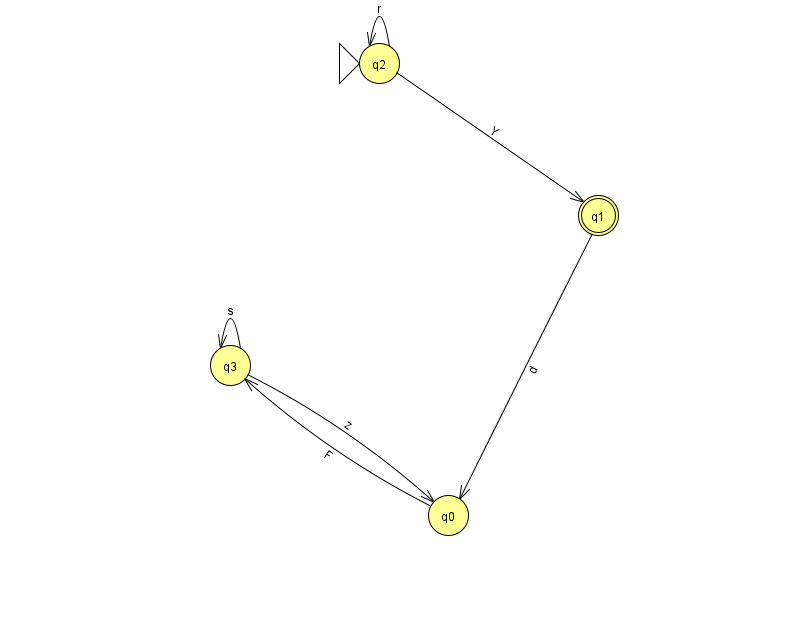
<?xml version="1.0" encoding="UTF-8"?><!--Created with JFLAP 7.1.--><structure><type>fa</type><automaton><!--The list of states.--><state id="0" name="q0"><x>448.0</x><y>502.0</y></state><state id="1" name="q1"><x>598.0</x><y>202.0</y><final/></state><state id="2" name="q2"><x>379.0</x><y>50.0</y><initial/></state><state id="3" name="q3"><x>230.0</x><y>352.0</y></state><!--The list of transitions.--><transition><from>2</from><to>2</to><read>r</read></transition><transition><from>3</from><to>0</to><read>z</read></transition><transition><from>3</from><to>3</to><read>s</read></transition><transition><from>0</from><to>3</to><read>F</read></transition><transition><from>1</from><to>0</to><read>d</read></transition><transition><from>2</from><to>1</to><read>Y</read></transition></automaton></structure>